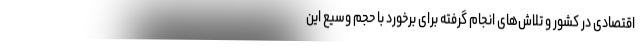
اقتصادی در کشور و تلاش‌های انجام گرفته برای برخورد با حجم وسیع این